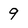
Character: 9